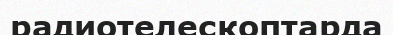
радиотелескоптарда